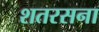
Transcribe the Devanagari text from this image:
शतरसना